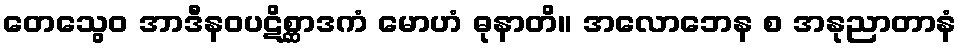
တေသွေဝ အာဒီနဝပဋိစ္ဆာဒကံ မောဟံ ဓုနာတိ။ အလောဘေန စ အနုညာတာနံ